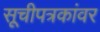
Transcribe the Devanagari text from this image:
सूचीपत्रकांवर